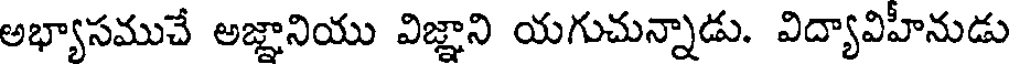
అభ్యాసముచే అజ్ఞానియు విజ్ఞాని యగుచున్నాడు. విద్యావిహీనుడు